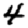
Digit: 4